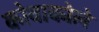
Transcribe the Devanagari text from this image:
कोवाकोले